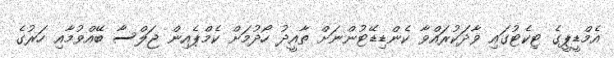
އެމްޑީޕީގެ ޓިކެޓުގައި ވާދަކުރައްވާ ކެންޑިޑޭޓުންނަށް ތާއީދު ހޯދުމަށް ކެމްޕެއިން ޖަލްސާ ބޭއްވުމާއި ހަރުގެ